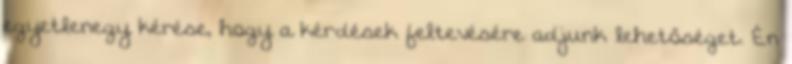
egyetlenegy kérése, hogy a kérdések feltevésére adjunk lehetőséget. Én